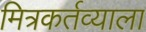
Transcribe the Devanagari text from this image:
मित्रकर्तव्याला